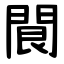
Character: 䦘